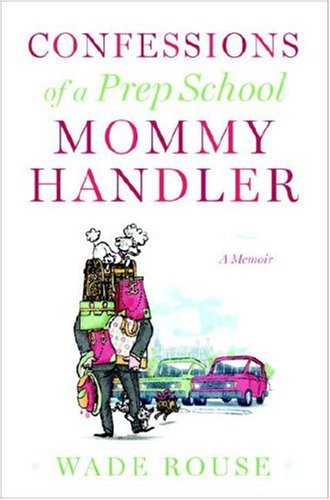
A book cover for Confessions of a Prep School Mommy Handler: A Memoir; Wade Rouse; Gay & Lesbian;